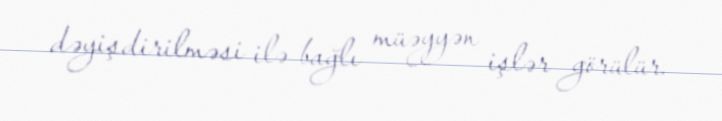
dəyişdirilməsi ilə bağlı müəyyən işlər görülür.